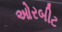
ઓરબીટ